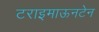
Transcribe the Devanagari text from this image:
टराइमाऊनटेन